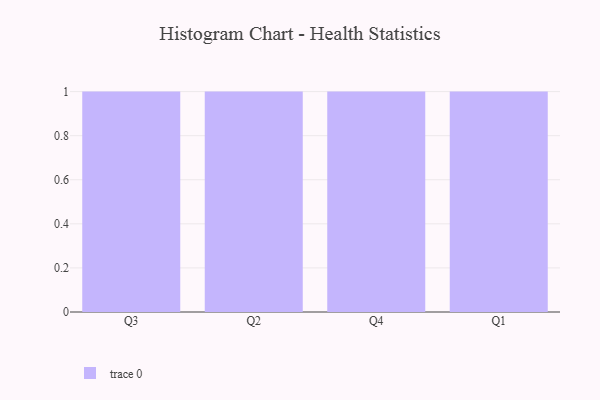
{"axis": {"x": "Quarter", "y": "Inventory Turnover"}, "legend": [""], "data": [{"x": "Q3", "y": 53, "type": ""}, {"x": "Q2", "y": 24, "type": ""}, {"x": "Q4", "y": 70, "type": ""}, {"x": "Q1", "y": 100, "type": ""}]}